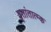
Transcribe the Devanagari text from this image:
वृतांतात्‍म्क